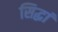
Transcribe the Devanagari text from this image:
सिद्धां